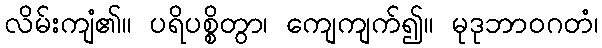
လိမ်းကျံ၏။ ပရိပစ္စိတွာ၊ ကျေကျက်၍။ မုဒုဘာဝဂတံ၊